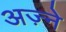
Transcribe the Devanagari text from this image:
अज़्ने